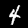
Digit: 4